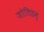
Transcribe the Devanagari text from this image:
जोतिडम्